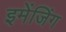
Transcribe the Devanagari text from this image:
इमेंजिंग